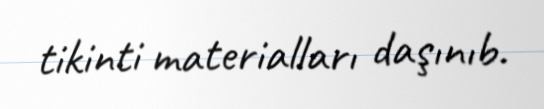
tikinti materialları daşınıb.